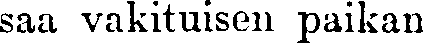
saa vakituisen paikan